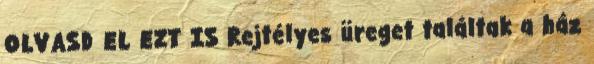
OLVASD EL EZT IS Rejtélyes üreget találtak a ház